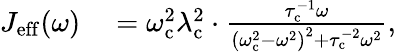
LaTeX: \begin{array}{rl}{J_{\mathrm{eff}}(\omega)}&{{}={\omega_{\mathrm{c}}^{2}\lambda_{\mathrm{c}}^{2}}\cdot\frac{\tau_{\mathrm{c}}^{-1}\omega}{\left(\omega_{\mathrm{c}}^{2}-\omega^{2}\right)^{2}+\tau_{\mathrm{c}}^{-2}\omega^{2}},}\end{array}